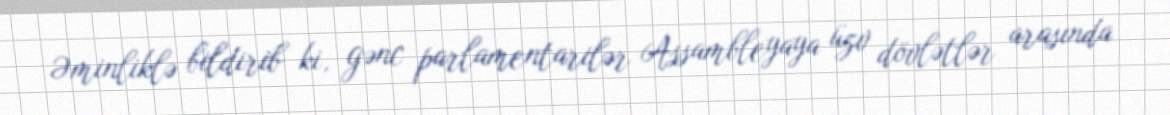
Əminliklə bildirib ki, gənc parlamentarilər Assambleyaya üzv dövlətlər arasında